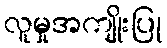
လူမှုအကျိုးပြု